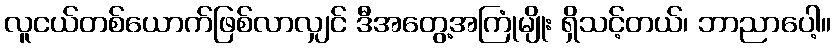
လူငယ်တစ်ယောက်ဖြစ်လာလျှင် ဒီအတွေ့အကြုံမျိုး ရှိသင့်တယ်၊ ဘာညာပေါ့။